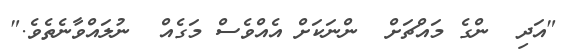
"އަދި  ންގެ މައްޗަށް  ންނަކަށް އެއްވެސް މަގެއް  ނުލައްވާނެތެވެ."